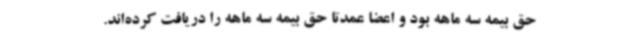
حق بیمه سه ماهه بود و اعضا عمدتا حق بیمه سه ماهه را دریافت کرده‌اند.